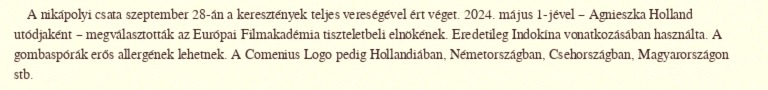
A nikápolyi csata szeptember 28-án a keresztények teljes vereségével ért véget. 2024. május 1-jével – Agnieszka Holland utódjaként – megválasztották az Európai Filmakadémia tiszteletbeli elnökének. Eredetileg Indokína vonatkozásában használta. A gombaspórák erős allergének lehetnek. A Comenius Logo pedig Hollandiában, Németországban, Csehországban, Magyarországon stb.